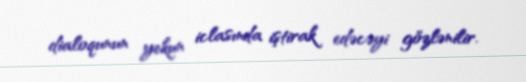
dialoqunun yekun iclasında iştirak edəcəyi gözlənilir.